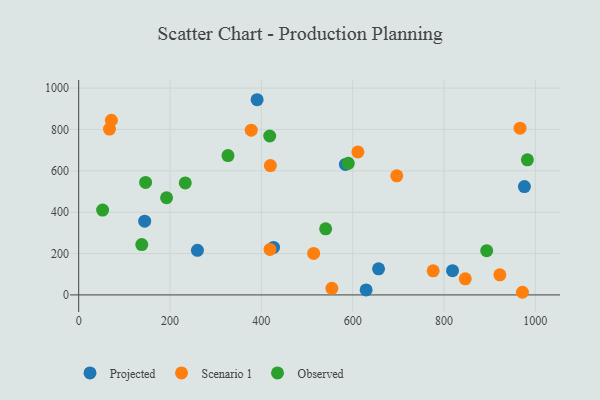
{"axis": {"x": "Study Hours", "y": "Demand"}, "legend": ["Observed", "Projected", "Scenario 1"], "data": [{"x": "976.0", "y": 524.1, "type": "Projected"}, {"x": "390.7", "y": 943.8, "type": "Projected"}, {"x": "144.5", "y": 356.6, "type": "Projected"}, {"x": "629.4", "y": 24.4, "type": "Projected"}, {"x": "260.0", "y": 215.7, "type": "Projected"}, {"x": "656.6", "y": 126.1, "type": "Projected"}, {"x": "818.6", "y": 117.4, "type": "Projected"}, {"x": "426.7", "y": 229.5, "type": "Projected"}, {"x": "584.0", "y": 631.2, "type": "Projected"}, {"x": "418.9", "y": 220.1, "type": "Scenario 1"}, {"x": "419.7", "y": 625.4, "type": "Scenario 1"}, {"x": "554.4", "y": 32.1, "type": "Scenario 1"}, {"x": "67.4", "y": 801.9, "type": "Scenario 1"}, {"x": "776.2", "y": 116.6, "type": "Scenario 1"}, {"x": "514.5", "y": 200.5, "type": "Scenario 1"}, {"x": "696.5", "y": 575.9, "type": "Scenario 1"}, {"x": "922.2", "y": 97.0, "type": "Scenario 1"}, {"x": "971.7", "y": 12.8, "type": "Scenario 1"}, {"x": "846.5", "y": 77.9, "type": "Scenario 1"}, {"x": "966.5", "y": 806.4, "type": "Scenario 1"}, {"x": "377.8", "y": 796.4, "type": "Scenario 1"}, {"x": "611.3", "y": 691.6, "type": "Scenario 1"}, {"x": "71.6", "y": 844.5, "type": "Scenario 1"}, {"x": "233.4", "y": 541.6, "type": "Observed"}, {"x": "52.4", "y": 410.4, "type": "Observed"}, {"x": "540.8", "y": 319.4, "type": "Observed"}, {"x": "893.4", "y": 214.0, "type": "Observed"}, {"x": "590.3", "y": 636.2, "type": "Observed"}, {"x": "146.5", "y": 543.7, "type": "Observed"}, {"x": "982.5", "y": 653.0, "type": "Observed"}, {"x": "326.9", "y": 673.8, "type": "Observed"}, {"x": "418.3", "y": 768.4, "type": "Observed"}, {"x": "138.1", "y": 243.6, "type": "Observed"}, {"x": "192.4", "y": 469.9, "type": "Observed"}]}